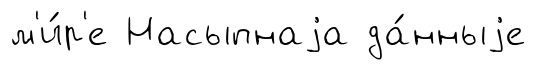
м'и́р'е Насыпнаjа да́нныjе